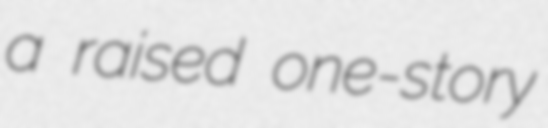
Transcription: a raised one-story